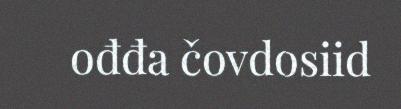
ođđa čovdosiid